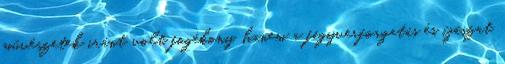
művészetek iránt volt fogékony, hanem a fegyverforgatás és íjászat